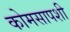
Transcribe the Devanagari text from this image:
कोमसापशी